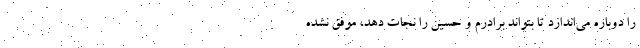
را دوباره می‌اندازد تا بتواند برادرم و حسین را نجات دهد، موفق نشده